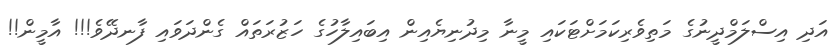
އަދި އިސްލަމްދީނުގެ މަތިވެރިކަމަށްޓަކައި މީނާ މިދުނިޔެއިން އިބައިލާހުގެ ހަޒުރަތައް ގެންދަވައި ފާނދޭވެ!!! އާމީން!!